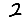
Digit: 2